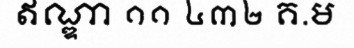
ឥណ្ឌា ១១ ៤៣២ គ.ម